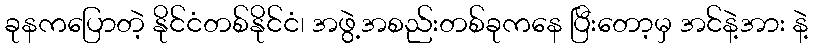
ခုနကပြောတဲ့ နိုင်ငံတစ်နိုင်ငံ၊ အဖွဲ့အစည်းတစ်ခုကနေ ပြီးတော့မှ အင်နဲ့အား နဲ့